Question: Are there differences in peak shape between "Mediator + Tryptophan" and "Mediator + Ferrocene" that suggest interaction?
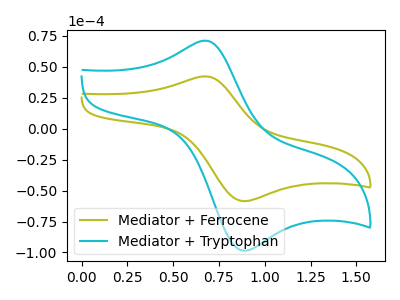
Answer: <think>The olive curve "Mediator + Ferrocene" has an anodic peak at (0.70V, 42.15uA) and a cathodic peak at (0.90V, -58.50uA). The cyan curve "Mediator + Tryptophan" has an anodic peak at (0.70V, 70.95uA) and a cathodic peak at (0.90V, -98.45uA).
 All the peaks in "Mediator + Tryptophan" have a peak in "Mediator + Ferrocene" at the same potential. Every peak in "Mediator + Tryptophan" is higher than every peak in "Mediator + Ferrocene".</think>
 <answer>No, "Mediator + Tryptophan" and "Mediator + Ferrocene" don't appear to be significantly different in shape</answer>
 <eval>no_change</eval>